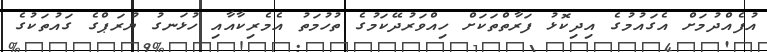
އުފެއްދުމަށް އެގައުމުގެ އިދިކޮޅު ފަރާތްތަކަށް ހިއްވަރުދޭކަމުގެ ތުހުމަތު އެމެރިކާއާއި ހުޅަނގު ޔުރަޕްގެ ގައުތަކުގެ